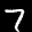
Label: 7